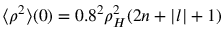
\langle \rho ^ { 2 } \rangle ( 0 ) = 0 . 8 ^ { 2 } \rho _ { H } ^ { 2 } ( 2 n + | l | + 1 )